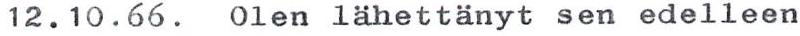
12.10.66. Olen lähettänyt sen edelleen